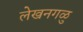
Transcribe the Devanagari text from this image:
लेखनगळु